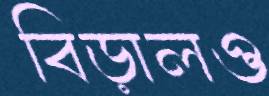
বিড়ালও